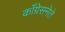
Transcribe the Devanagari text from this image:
काँग्रेसनेते